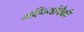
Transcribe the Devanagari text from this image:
महिन्यांपैकी